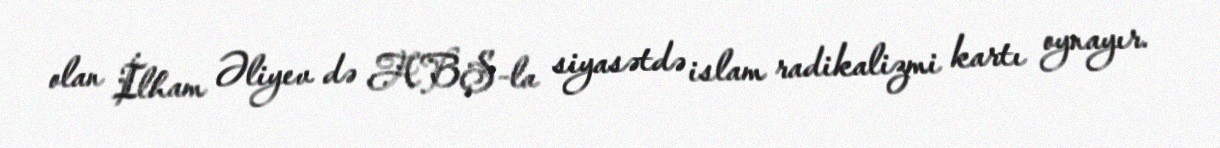
olan İlham Əliyev də ABŞ-la siyasətdə islam radikalizmi kartı oynayır.